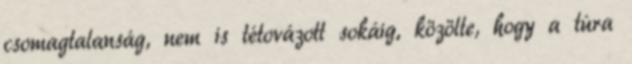
csomagtalanság, nem is tétovázott sokáig, közölte, hogy a túra